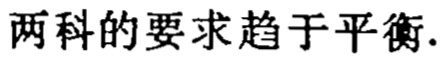
两科的要求趋于平衡.